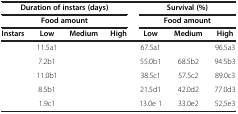
<table><thead><tr><td colspan="4"><b>Duration of instars (days)</b></td><td colspan="3"><b>Survival (%)</b></td></tr><tr><td colspan="4"><b>Food amount</b></td><td colspan="3"><b>Food amount</b></td></tr><tr><td><b>Instars</b></td><td><b>Low</b></td><td><b>Medium</b></td><td><b>High</b></td><td><b>Low</b></td><td><b>Medium</b></td><td><b>High</b></td></tr></thead><tbody><tr><td>[EMPTY_CELL]</td><td>11.5a1</td><td>[EMPTY_CELL]</td><td>[EMPTY_CELL]</td><td>67.5a1</td><td>[EMPTY_CELL]</td><td>96.5a3</td></tr><tr><td>[EMPTY_CELL]</td><td>7.2b1</td><td>[EMPTY_CELL]</td><td>[EMPTY_CELL]</td><td>55.0b1</td><td>68.5b2</td><td>94.5b3</td></tr><tr><td>[EMPTY_CELL]</td><td>11.0b1</td><td>[EMPTY_CELL]</td><td>[EMPTY_CELL]</td><td>38.5c1</td><td>57.5c2</td><td>89.0c3</td></tr><tr><td>[EMPTY_CELL]</td><td>8.5b1</td><td>[EMPTY_CELL]</td><td>[EMPTY_CELL]</td><td>21.5d1</td><td>42.0d2</td><td>77.0d3</td></tr><tr><td>[EMPTY_CELL]</td><td>1.9c1</td><td>[EMPTY_CELL]</td><td>[EMPTY_CELL]</td><td>13.0e 1</td><td>33.0e2</td><td>52,5e3</td></tr></tbody></table>